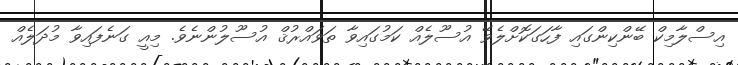
އިސްލާމިކް ބޭންކިންގައި ފާހަގަކޮށްލެވޭ އުސޫލެއް ކަމުގައިވާ ތަވައްރުޤް އުސޫލުންނެވެ. މިއީ ގަނެފައިވާ މުދަލެއް